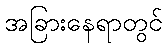
အခြားနေရာတွင်